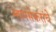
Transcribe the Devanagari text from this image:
म्हापसेकरांचे